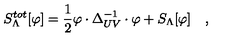
S _ { \Lambda } ^ { t o t } [ \varphi ] = { \frac { 1 } { 2 } } \varphi \cdot { \Delta _ { U V } ^ { - 1 } } \cdot \varphi + S _ { \Lambda } [ \varphi ] \quad ,